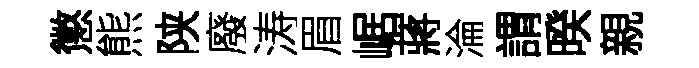
懲熊陕廢涛眉崌蔣淪謂暌親